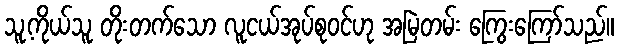
သူ့ကိုယ်သူ တိုးတက်သော လူငယ်အုပ်စုဝင်ဟု အမြဲတမ်း ကြွေးကြော်သည်။